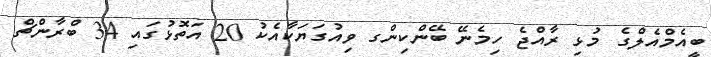
ބީއެމްއެލްގެ މުޅި ރާއްޖެ ހިމެނޭ ބޭންކިންގ ވިއުގަޔަކާއެކު 20 އަތޮޅުގައި 34 ބްރާންޗް